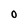
Character: O